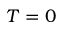
T = 0